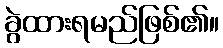
ခွဲထားရမည်ဖြစ်၏။